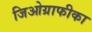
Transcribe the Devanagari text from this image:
जिओग्राफीका